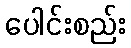
ပေါင်းစည်း